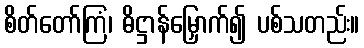
စိတ်တော်ကြံ၊ ဓိဋ္ဌာန်မြှောက်၍ ပစ်သတည်း။